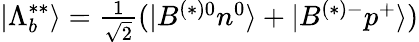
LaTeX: |\Lambda_{b}^{**}\rangle=\textstyle{\frac{1}{\sqrt{2}}}(|B^{(*)0}n^{0}\rangle+|B^{(*)-}p^{+}\rangle)